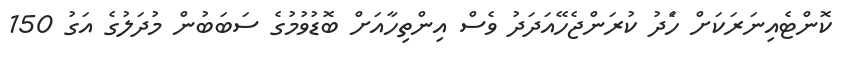
ކޮންޓެއިނަރަކަށް ހަެަދު ކުރަންޖެހޭއަދަދު ވެސް އިންތިހާއަށް ބޮޑުވުމުގެ ސަބަބުން މުދަލުގެ އަގު 150